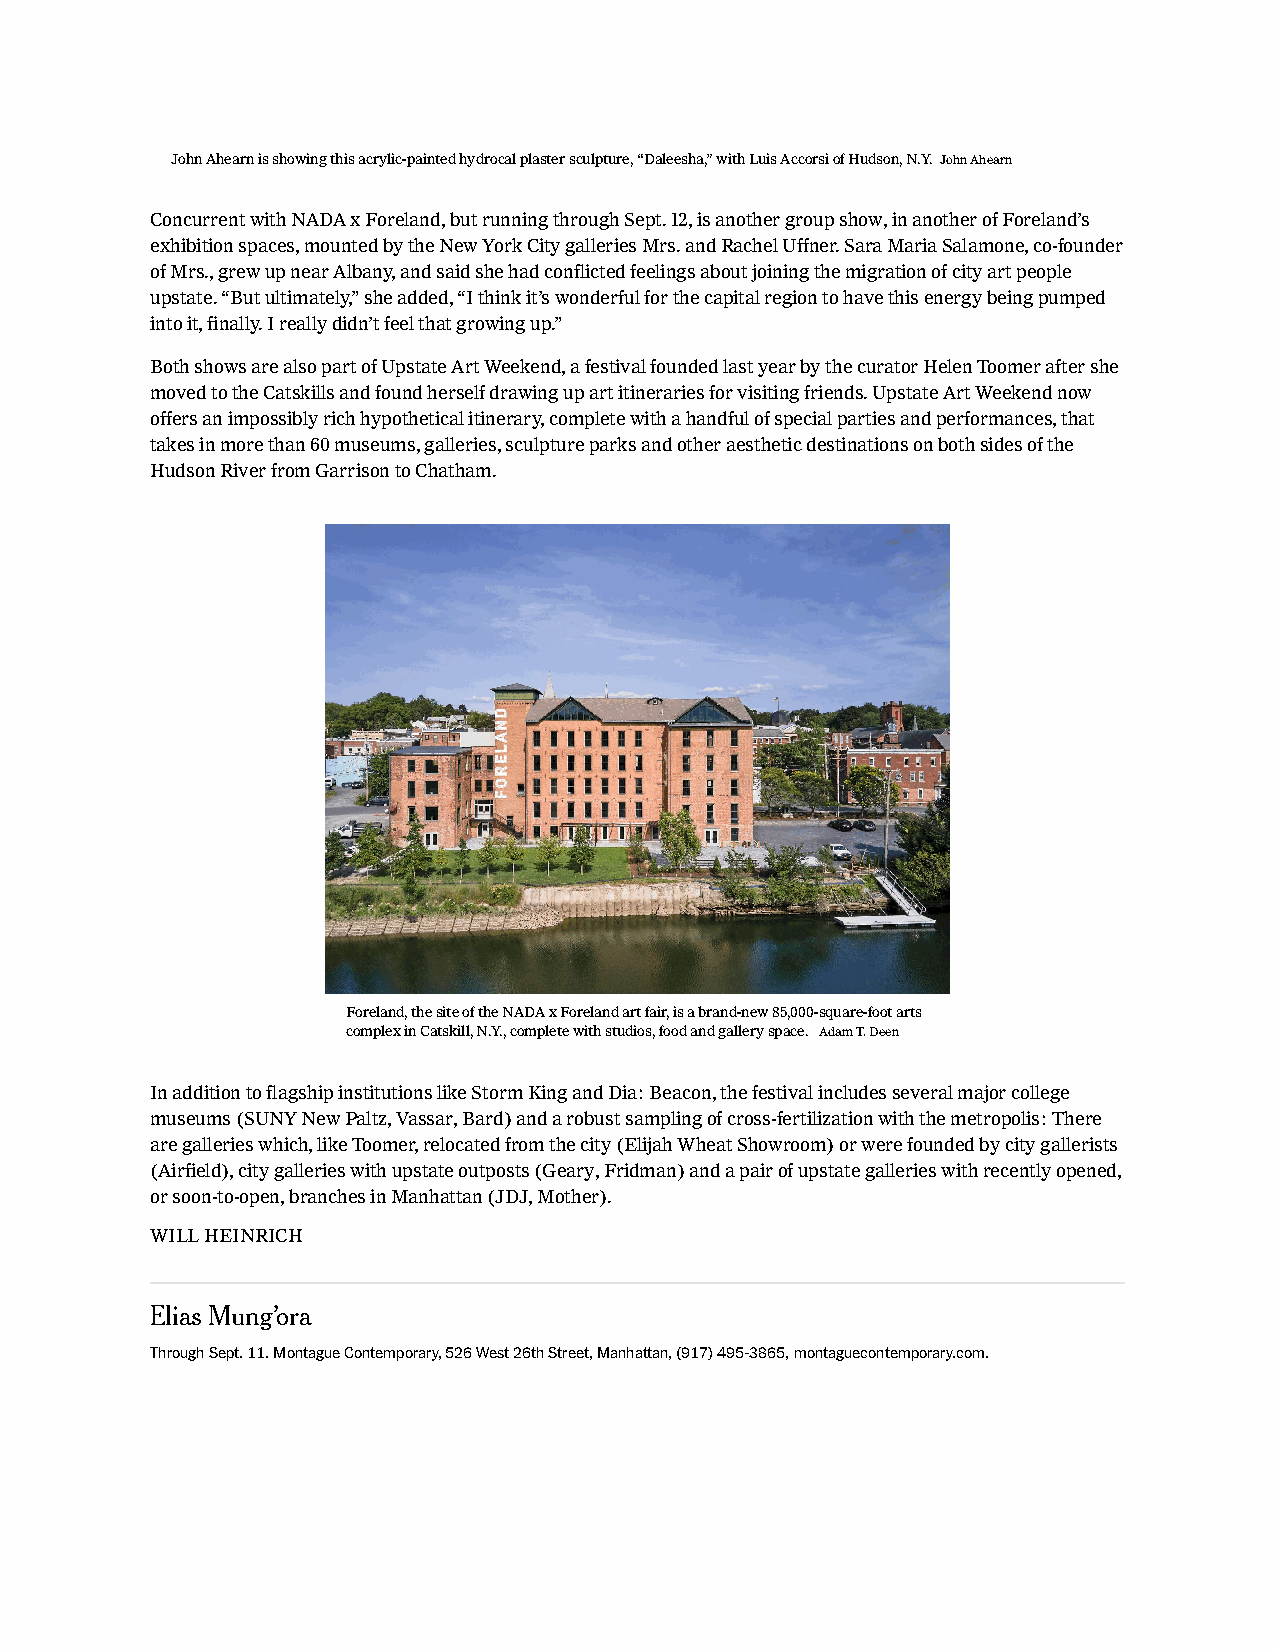
John Ahearn is showing this acrylic-painted hydrocal plaster sculpture, “Daleesha,” with Luis Accorsi of Hudson, N.Y. John Ahearn
 Concurrent with NADA x Foreland, but running through Sept. 12, is another group show, in another of Foreland’s
 exhibition spaces, mounted by the New York City galleries Mrs. and Rachel Uffner. Sara Maria Salamone, co-founder
 of Mrs., grew up near Albany, and said she had conflicted feelings about joining the migration of city art people
 upstate. “But ultimately,” she added, “I think it’s wonderful for the capital region to have this energy being pumped
 into it, finally. I really didn’t feel that growing up.”
 Both shows are also part of Upstate Art Weekend, a festival founded last year by the curator Helen Toomer after she
 moved to the Catskills and found herself drawing up art itineraries for visiting friends. Upstate Art Weekend now
 offers an impossibly rich hypothetical itinerary, complete with a handful of special parties and performances, that
 takes in more than 60 museums, galleries, sculpture parks and other aesthetic destinations on both sides of the
 Hudson River from Garrison to Chatham.
 Foreland, the site of the NADA x Foreland art fair, is a brand-new 85,000-square-foot arts
 complex in Catskill, N.Y., complete with studios, food and gallery space. Adam T. Deen
 In addition to flagship institutions like Storm King and Dia: Beacon, the festival includes several major college
 museums (SUNY New Paltz, Vassar, Bard) and a robust sampling of cross-fertilization with the metropolis: There
 are galleries which, like Toomer, relocated from the city (Elijah Wheat Showroom) or were founded by city gallerists
 (Airfield), city galleries with upstate outposts (Geary, Fridman) and a pair of upstate galleries with recently opened,
 or soon-to-open, branches in Manhattan (JDJ, Mother).
 WILL HEINRICH
 Elias Mung’ora
 Through Sept. 11. Montague Contemporary, 526 West 26th Street, Manhattan, (917) 495-3865, montaguecontemporary.com.